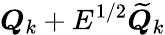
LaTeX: \boldsymbol{Q}_{k}+E^{1/2}\widetilde{\boldsymbol{Q}}_{k}